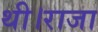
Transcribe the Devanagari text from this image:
थी।राजा